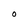
Character: 0